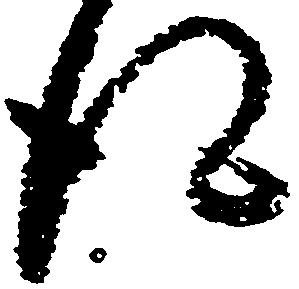
得